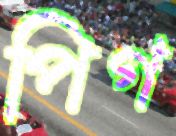
পিগ